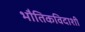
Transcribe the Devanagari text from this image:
भौतिकविदाशी